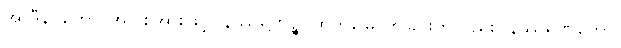
အာဒီနဝတော၊ အပြစ်အားဖြင့်။ နိဿရဏဉ္စ၊ ထွက်မြောက်ခြင်းကိုလည်း။ နိဿရဏတော၊